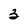
Character: 3